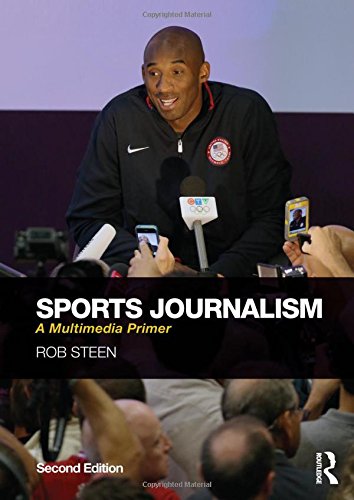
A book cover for Sports Journalism: A Multimedia Primer; Rob Steen; Sports & Outdoors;